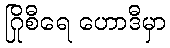
ဂြိုစီရေ ဟောဒီမှာ